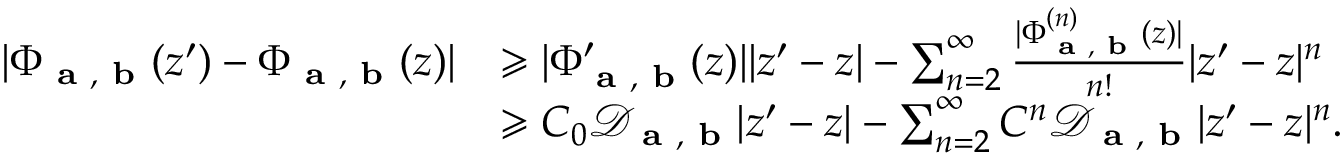
\begin{array} { r l } { \vert \Phi _ { \textbf { a } , \textbf { b } } ( z ^ { \prime } ) - \Phi _ { \textbf { a } , \textbf { b } } ( z ) \vert } & { \geqslant \vert \Phi _ { \textbf { a } , \textbf { b } } ^ { \prime } ( z ) \vert \vert z ^ { \prime } - z \vert - \sum _ { n = 2 } ^ { \infty } \frac { \vert \Phi _ { \textbf { a } , \textbf { b } } ^ { ( n ) } ( z ) \vert } { n ! } \vert z ^ { \prime } - z \vert ^ { n } } \\ & { \geqslant C _ { 0 } \mathcal { D } _ { \textbf { a } , \textbf { b } } \vert z ^ { \prime } - z \vert - \sum _ { n = 2 } ^ { \infty } C ^ { n } \mathcal { D } _ { \textbf { a } , \textbf { b } } \vert z ^ { \prime } - z \vert ^ { n } . } \end{array}